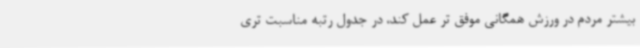
بیشتر مردم در ورزش همگانی موفق تر عمل کند، در جدول رتبه مناسبت تری